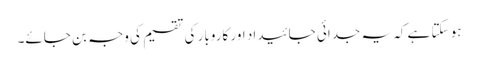
ہو سکتا ہے کہ یہ جدائی جائیداد اور کاروبار کی تقسیم کی وجہ بن جائے۔